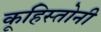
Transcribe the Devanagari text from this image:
कूहिस्तोनी